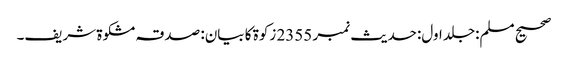
صحیح مسلم:جلد اول:حدیث نمبر 2355 زکوة کا بیان: صدقہ مشکوة شریف۔